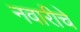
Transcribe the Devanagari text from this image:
नवारीचे